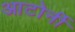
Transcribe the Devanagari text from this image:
आटोर्नी